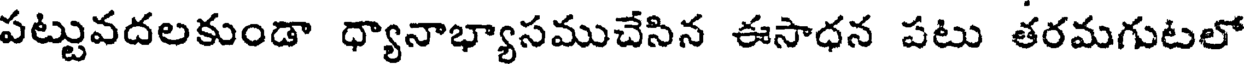
పట్టువదలకుండా ధ్యానాభ్యాసముచేసిన ఈసాధన పటు తరమగుటలో